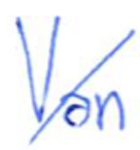
Text: Van
Cross-out: diagonal
Writing tool: ballpoint